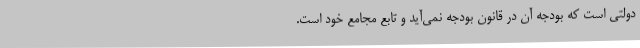
دولتی است که بودجه آن در قانون بودجه نمی‌آید و تابع مجامع خود است.